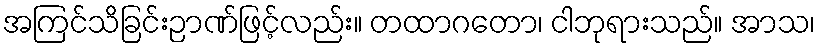
အကြင်သိခြင်းဉာဏ်ဖြင့်လည်း။ တထာဂတော၊ ငါဘုရားသည်။ အာသ၊